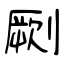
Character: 劂